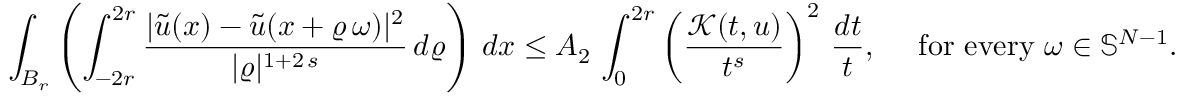
\int _ { B _ { r } } \left( \int _ { - 2 r } ^ { 2 r } \frac { | \widetilde { u } ( x ) - \widetilde { u } ( x + \varrho \, \omega ) | ^ { 2 } } { | \varrho | ^ { 1 + 2 \, s } } \, d \varrho \right) \, d x \le A _ { 2 } \, \int _ { 0 } ^ { 2 r } \left( \frac { \mathcal { K } ( t , u ) } { t ^ { s } } \right) ^ { 2 } \, \frac { d t } { t } , \quad \mathrm { ~ f o r ~ e v e r y ~ } \omega \in \mathbb { S } ^ { N - 1 } .